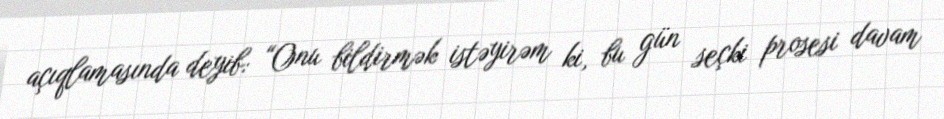
açıqlamasında deyib: “Onu bildirmək istəyirəm ki, bu gün seçki prosesi davam